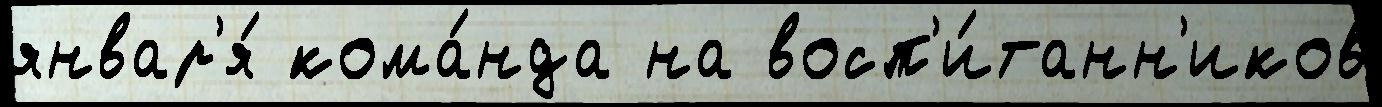
январ'я́ кома́нда на восп'и́танн'иков